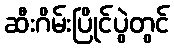
ဆီးဂိမ်းပြိုင်ပွဲတွင်